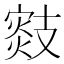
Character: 𢻟